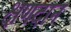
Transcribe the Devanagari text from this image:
क्षणदान